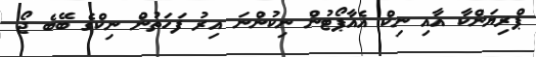
ޕްރިޔަންކާ އާއި ނިކް އެއާޕޯޓުން ނިކުންނަ އިރު ފަހަތުން ނިކްގެ ބޭބެ ޖޯ